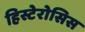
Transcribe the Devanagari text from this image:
हिस्टेरोसिस